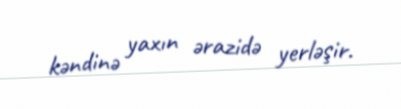
kəndinə yaxın ərazidə yerləşir.